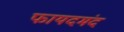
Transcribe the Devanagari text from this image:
फायदमंद